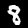
Digit: 8